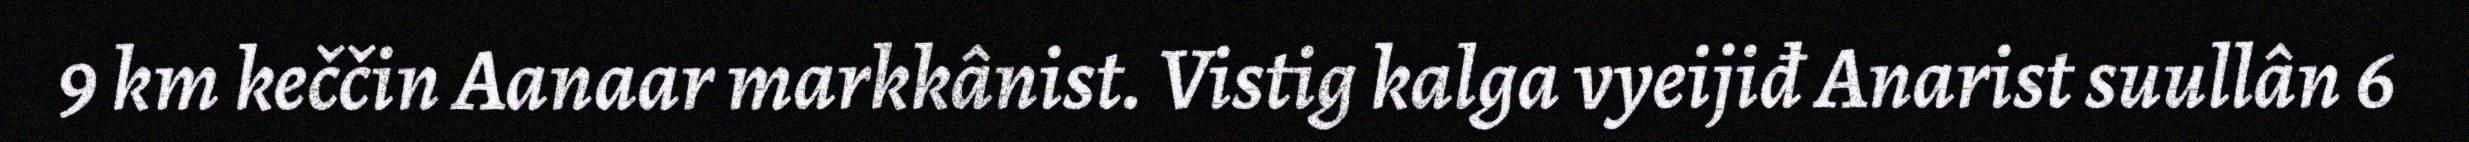
9 km keččin Aanaar markkânist. Vistig kalga vyeijiđ Anarist suullân 6